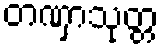
တဏှာသုတ္တ